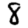
Digit: 8